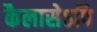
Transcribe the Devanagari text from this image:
कैलासेऽपि